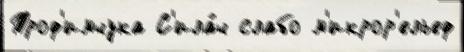
Троф'имчука С'ила́ч слабо м'икрор'ельеф